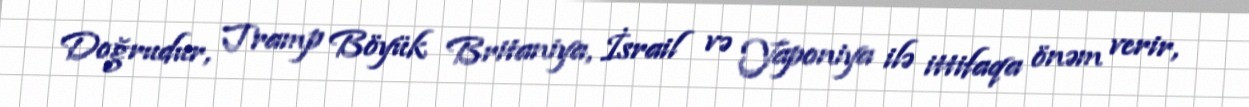
Doğrudur, Tramp Böyük Britaniya, İsrail və Yaponiya ilə ittifaqa önəm verir,